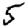
Digit: 5